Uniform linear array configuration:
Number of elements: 8
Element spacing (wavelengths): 1
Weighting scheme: blackman
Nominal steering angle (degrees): -30
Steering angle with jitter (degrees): -28.391
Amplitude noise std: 0.05
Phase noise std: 0.05

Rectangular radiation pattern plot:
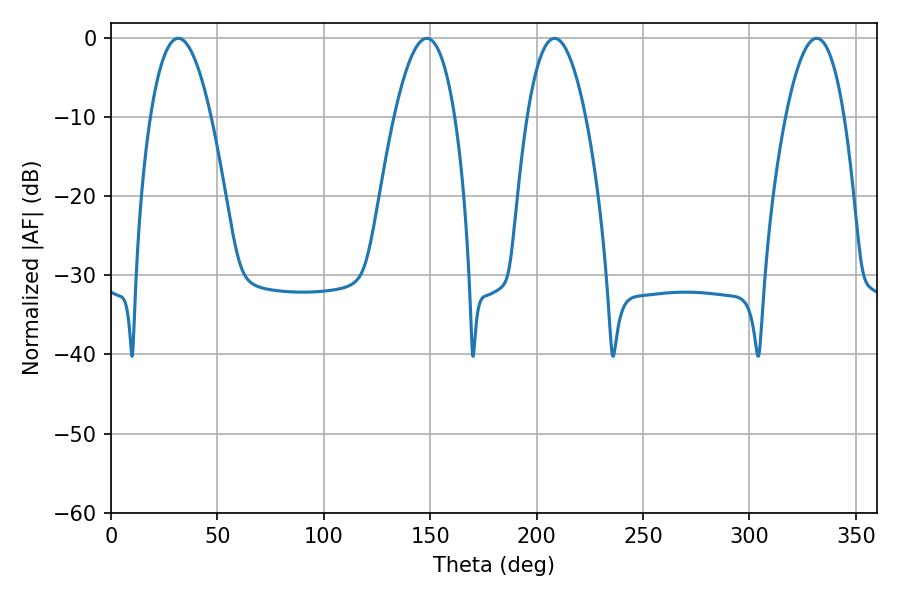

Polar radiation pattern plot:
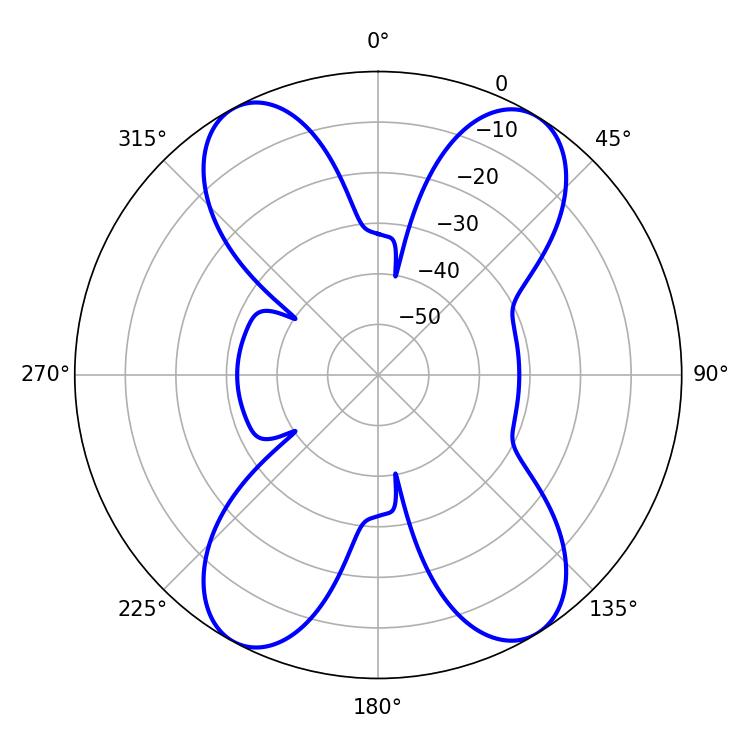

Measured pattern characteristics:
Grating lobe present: TRUE
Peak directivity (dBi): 17.008
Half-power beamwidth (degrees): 15.3
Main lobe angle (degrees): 208.44